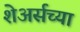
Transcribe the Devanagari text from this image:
शेअर्सच्या